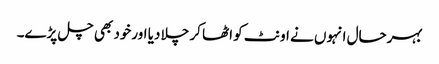
بہرحال انہوں نے اونٹ کو اٹھا کر چلا دیا اورخود بھی چل پڑے۔